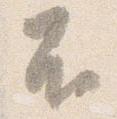
不